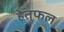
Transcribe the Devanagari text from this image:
हेतुफल